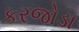
કરજોડા